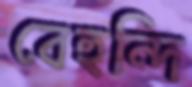
বেহুন্দি